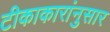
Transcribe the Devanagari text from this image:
टीकाकारांनुसार